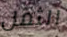
الثمل